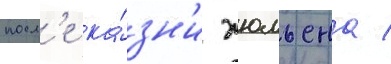
посл'е ка́зн'и жюльена /